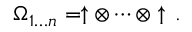
\Omega _ { 1 \dots n } = \uparrow \otimes \cdots \otimes \uparrow \, .